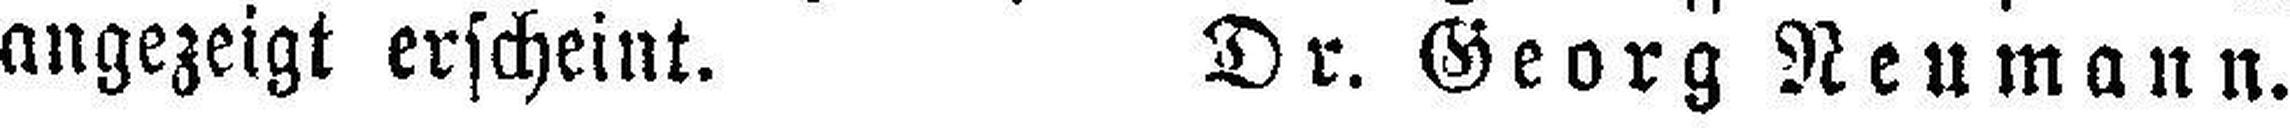
angezeigt erscheint. Dr. Georg Neumann.